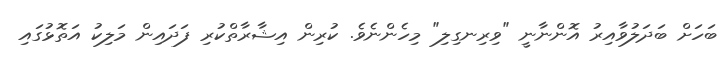
ބަހަށް ބަދަލުވާއިރު އޮންނާނީ "ވިރިނގިލި" މިހެންނެވެ. ކުރިން އިޝާރާތްކުރި ފަދައިން މަލިކު އަތޮޅުގައި